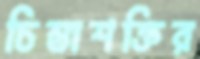
চিন্তাশক্তির